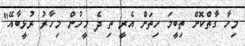
މިހާ ގާތްކޮށް ތިބީމަ ހިތަށް އެރީ ތި ދެ މީހުން މިހާރު ރުޅީބާއޭ"